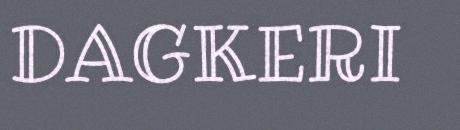
DAGKERI